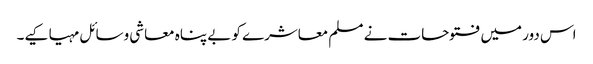
اس دور میں فتوحات نے مسلم معاشرے کو بے پناہ معاشی وسائل مہیا کیے۔